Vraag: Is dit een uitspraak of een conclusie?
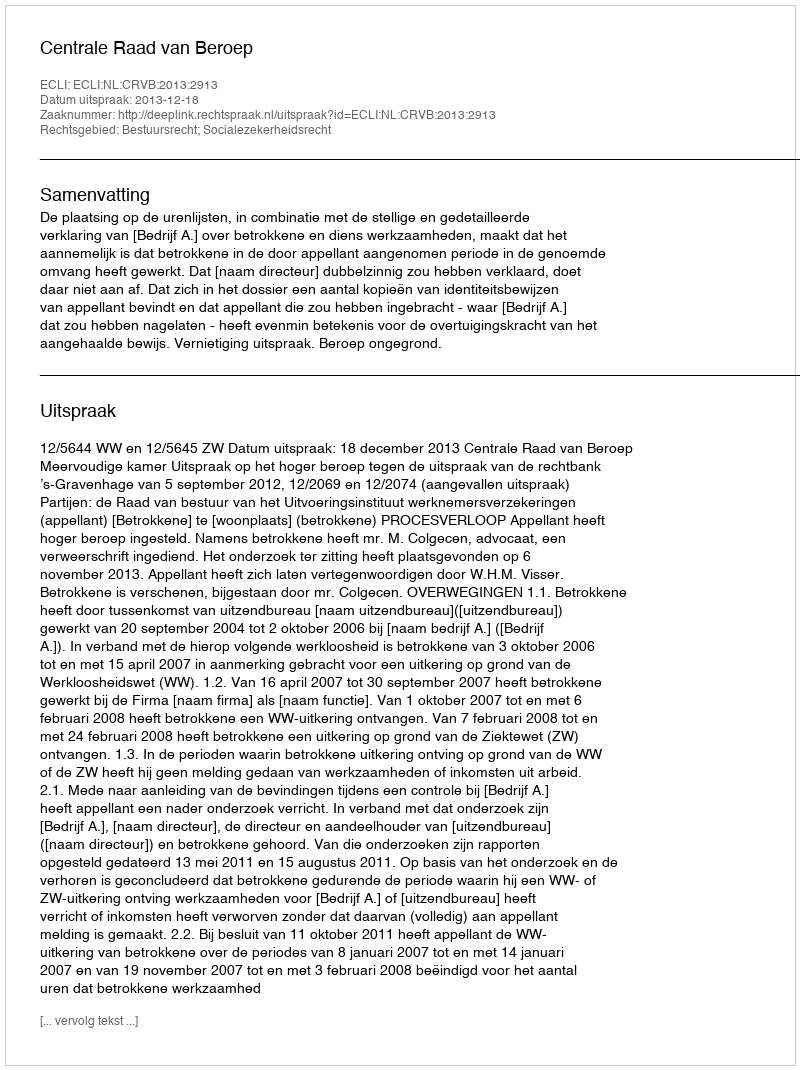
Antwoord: Uitspraak